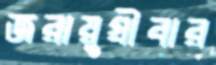
জরায়ুগ্রীবার